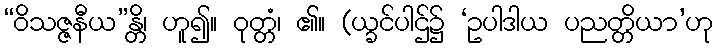
“ဝိသဇ္ဇနီယ”န္တိ၊ ဟူ၍။ ဝုတ္တံ၊ ၏။ (ယ္ခင်ပါဌ်၌ ‘ဥပါဒါယ ပညတ္တိယာ’ဟု